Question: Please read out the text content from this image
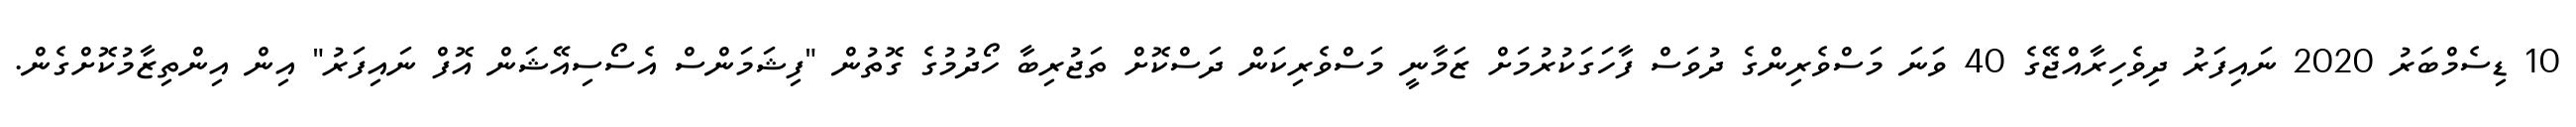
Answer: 10 ޑިސެމްބަރު 2020 ނައިފަރު ދިވެހިރާއްޖޭގެ 40 ވަނަ މަސްވެރިންގެ ދުވަސް ފާހަގަކުރުމަށް ޒަމާނީ މަސްވެރިކަން ދަސްކޮށް ތަޖުރިބާ ހޯދުމުގެ ގޮތުން "ފިޝަމަންސް އެސޯސިއޭޝަން އޮފް ނައިފަރު" އިން އިންތިޒާމުކޮށްގެން.